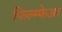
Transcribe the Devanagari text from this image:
फिल्म्फेअर